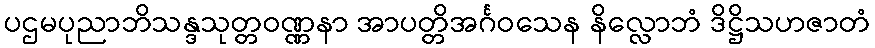
ပဌမပုညာဘိသန္ဒသုတ္တဝဏ္ဏနာ အာပတ္တိအင်္ဂဝသေန နိလ္လောဘံ ဒိဋ္ဌိသဟဇာတံ